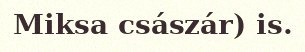
Miksa császár) is.